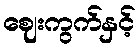
ဈေးကွက်နှင့်